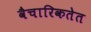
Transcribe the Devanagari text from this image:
वैचारिकतेत